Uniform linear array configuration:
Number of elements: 4
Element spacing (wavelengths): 0.25
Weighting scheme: kaiser
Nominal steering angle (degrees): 45
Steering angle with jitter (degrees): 46.966
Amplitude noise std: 0.05
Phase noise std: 0.05

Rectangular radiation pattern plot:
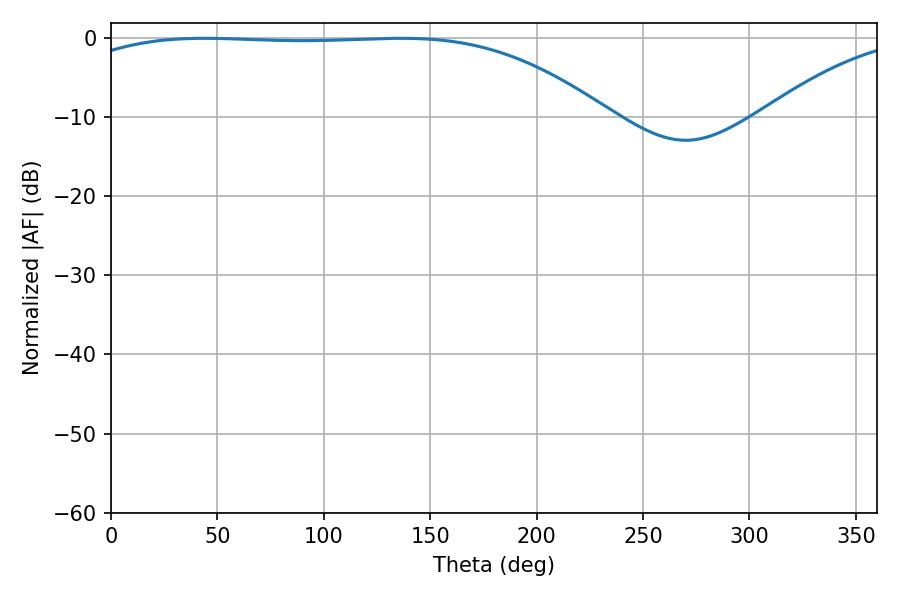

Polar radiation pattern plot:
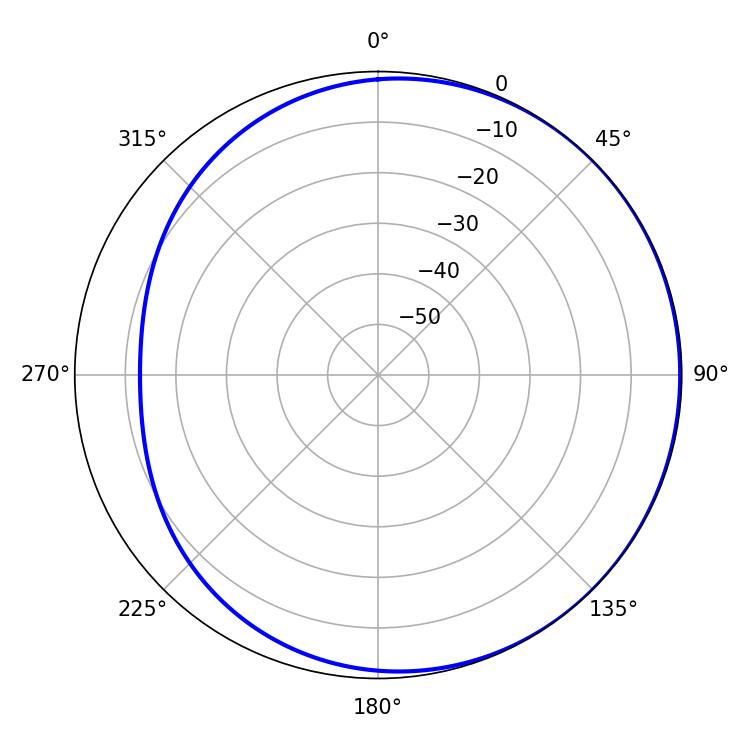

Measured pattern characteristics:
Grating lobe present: FALSE
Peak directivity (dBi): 0.9683
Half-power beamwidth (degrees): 194.94
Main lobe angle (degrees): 43.92